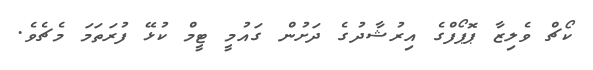
ކޯޗް ވެލިޒާ ޕޮޕޯފްގެ އިރުޝާދުގެ ދަށުން ގައުމީ ޓީމް ކުޅޭ ފުރަތަމަ މެޗެވެ.